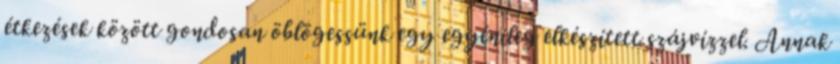
étkezések között gondosan öblögessünk egy egyénileg elkészített szájvízzel. Annak